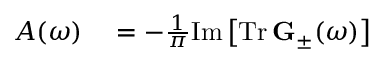
\begin{array} { r l } { A ( \omega ) } & { { } = - \frac { 1 } { \pi } \mathrm { I m } \left[ \mathrm { T r } \, \mathbf { G } _ { \pm } ( \omega ) \right] } \end{array}